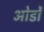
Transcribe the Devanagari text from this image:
ओडों